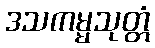
ဒသကမ္မသုတ္တံ